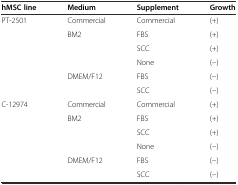
<table><thead><tr><td><b>hMSC line</b></td><td><b>Medium</b></td><td><b>Supplement</b></td><td><b>Growth</b></td></tr></thead><tbody><tr><td rowspan="6">PT-2501</td><td>Commercial</td><td>Commercial</td><td>(+)</td></tr><tr><td rowspan="3">BM2</td><td>FBS</td><td>(+)</td></tr><tr><td>SCC</td><td>(+)</td></tr><tr><td>None</td><td>(−)</td></tr><tr><td rowspan="2">DMEM/F12</td><td>FBS</td><td>(−)</td></tr><tr><td>SCC</td><td>(−)</td></tr><tr><td rowspan="6">C-12974</td><td>Commercial</td><td>Commercial</td><td>(+)</td></tr><tr><td rowspan="3">BM2</td><td>FBS</td><td>(+)</td></tr><tr><td>SCC</td><td>(+)</td></tr><tr><td>None</td><td>(−)</td></tr><tr><td rowspan="2">DMEM/F12</td><td>FBS</td><td>(−)</td></tr><tr><td>SCC</td><td>(−)</td></tr></tbody></table>